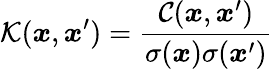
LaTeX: \mathcal{K}(\boldsymbol{x},\boldsymbol{x}^{\prime})=\frac{\mathcal{C}(\boldsymbol{x},\boldsymbol{x}^{\prime})}{\sigma(\boldsymbol{x})\sigma(\boldsymbol{x}^{\prime})}